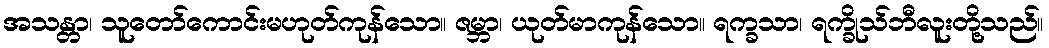
အသန္တာ၊ သူတော်ကောင်းမဟုတ်ကုန်သော။ ဇမ္ဘာ၊ ယုတ်မာကုန်သော။ ရက္ခသာ၊ ရက္ခိုသ်ဘီလူးတို့သည်။